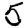
Digit: 5